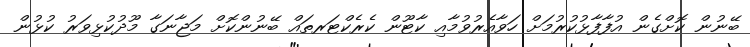
ބޭނުން ކޮށްގެން އުފާފާޅުކުރުމަށް ހަވާއެރުވުމާއި ކާޓޫން ކެރެކްޓަރތައް ބޭނުންކޮށް މަޖާނަގާ މޫދުކުޅިވަރު ކުޅުން